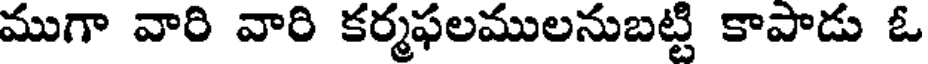
ముగా వారి వారి కర్మఫలములనుబట్టి కాపాడు ఓ